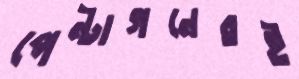
পেন্টাগনেরই